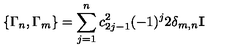
\{ \Gamma _ { n } , \Gamma _ { m } \} = \sum _ { j = 1 } ^ { n } c _ { 2 j - 1 } ^ { 2 } ( - 1 ) ^ { j } 2 \delta _ { m , n } { \bf I }